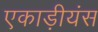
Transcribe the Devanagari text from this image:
एकाड़ीयंस